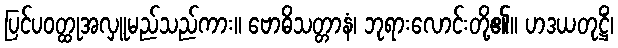
ပြင်ပဝတ္ထုအလှူမည်သည်ကား။ ဗောဓိသတ္တာနံ၊ ဘုရားလောင်းတို့၏။ ဟဒယတုဋ္ဌိံ၊